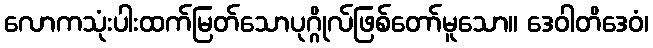
လောကသုံးပါးထက်မြတ်သောပုဂ္ဂိုလ်ဖြစ်တော်မူသော။ ဒေဝါတိဒေဝံ၊